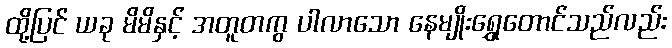
ထို့ပြင် ယခု မိမိနှင့် အတူတကွ ပါလာသော နေမျိုးရွှေတောင်သည်လည်း